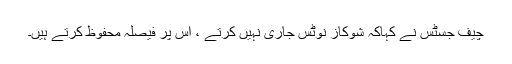
چیف جسٹس نے کہاکہ شوکاز نوٹس جاری نہیں کرتے ، اس پر فیصلہ محفوظ کرتے ہیں۔